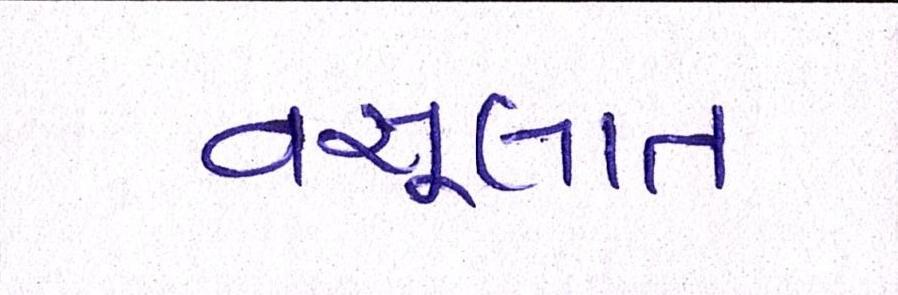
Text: વસૂલાત